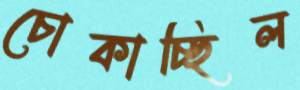
চোকাচ্ছিল